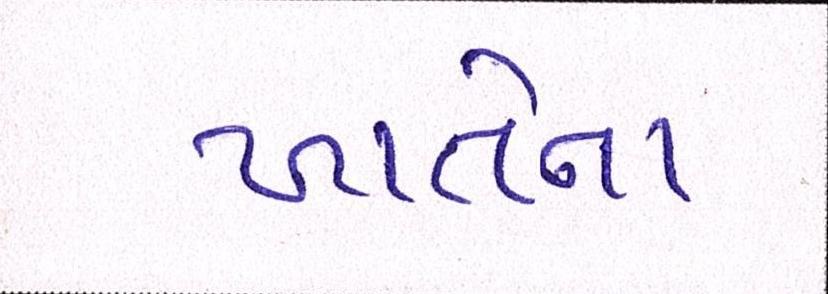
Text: ખાતેના